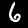
Digit: 6